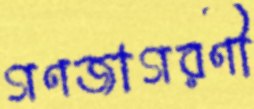
গণজাগরণী